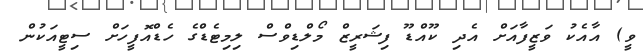
ވީ) އާއެކު ވަޒީފާއަށް އެދި ކޫއްޑޫ ފިޝަރީޒް މޯލްޑިވްސް ލިމިޓެޑްގެ ހެޑްއޮފީހަށް ސިޓީއަކުން